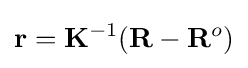
\mathbf {r} =\mathbf {K} ^{-1}(\mathbf {R} -\mathbf {R} ^{o})